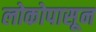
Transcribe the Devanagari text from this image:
लोकोपासून